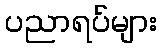
ပညာရပ်များ